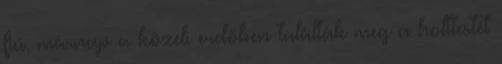
fiú, másnap a közeli erdőben találták meg a holttestét